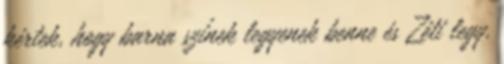
kértek, hogy barna színek legyenek benne és Zéti legy.